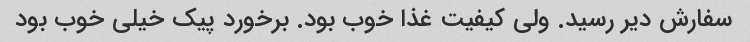
سفارش دیر رسید. ولی کیفیت غذا خوب بود. برخورد پیک خیلی خوب بود